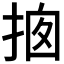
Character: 𢭇